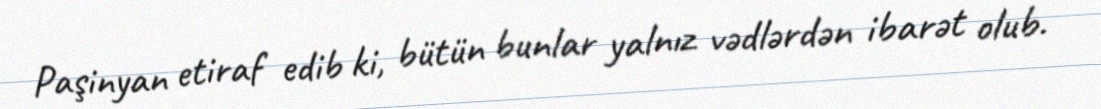
Paşinyan etiraf edib ki, bütün bunlar yalnız vədlərdən ibarət olub.